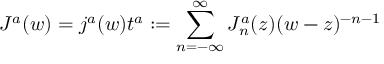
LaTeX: J ^ { a } ( w ) = j ^ { a } ( w ) t ^ { a } : = \sum _ { n = - \infty } ^ { \infty } J _ { n } ^ { a } ( z ) ( w - z ) ^ { - n - 1 }